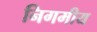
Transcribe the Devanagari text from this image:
निगमीय